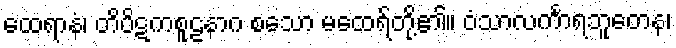
ထေရာနံ၊ တိပိဋကစူဠနာဂ စသော မထေရ်တို့၏။ ဝံသာလင်္ကာရဘူတေန၊